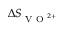
\Delta S _ { \textrm { V O } ^ { 2 + } }